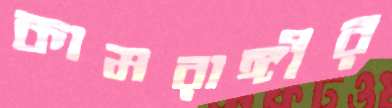
কামরাঙ্গীর